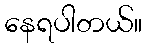
နေရပါတယ်။